Vaccine operations Central Provinces 1886-1899 - 1886-1899
Year: 1886
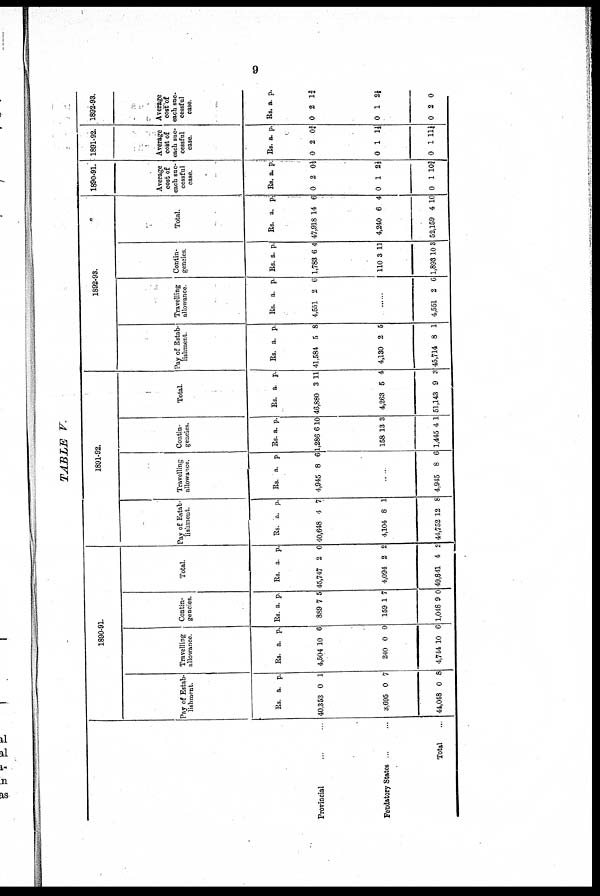
9
TABLE V.
Provincial ...
Feudatory States ...
Total ...
1890-91.
Pay of Estab-
lishment.
Rs.
40,353
3,695
44,048
a.
0
0
0
p.
1
7
8
Travelling
allowance.
Rs.
4,504
240
4,744
a.
10
0
10
p.
6
0
6
Contin-
gencies.
Rs.
889
159
l,048
a.
7
1
9
p.
5
7
0
Total.
Rs.
45,747
4,094
49,841
a.
2
2
4
p.
0
2
2
1891-92.
Pay of Estab-
lishment.
Rs.
40,648
4,104
44,752
a.
4
8
12
p.
7
1
8
Travelling
allowance.
Rs.
4,945
a.
8
p.
6
...
4,945 8 6
Contin-
gencies.
Rs.
1,286
158
1,445
a.
6
13
4
p.
10
3
1
Total.
Rs.
46,880
4,263
51,143
a.
3
5
9
p.
11
4
3
1892-93.
Pay of Estab-
lishment.
Rs.
41,584
4,130
45,714
a.
5
2
8
p.
8
5
1
Travelling
allowance.
Rs.
4,551
a.
2
p.
6
......
4,551 2 6
Contin-
gencies.
Rs.
1,783
110
1,893
a.
6
3
10
p.
4
11
3
Total.
Rs.
47,918
4,240
52,159
a.
14
6
4
p.
6
4
10
1890-91.
Average
cost of
each suc-
cessful
case.
Rs.
0
0
0
a.
2
1
1
p.
0½
2½
0¾
1891-92.
Average
cost of
each suc-
cessful
case.
Rs.
0
0
0
a.
2
1
11
p.
0¾
1½
1¼
1892-93.
Average
cost of
each suc-
cessful
case.
Rs.
0
0
0
a.
2
1
2
p.
1¾
2½
0